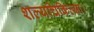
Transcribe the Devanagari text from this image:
शल्यचिकित्सा।